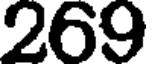
269